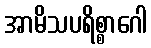
အာမိသပရိစ္စာဂေါ